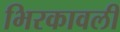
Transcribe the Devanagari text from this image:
भिरकावली